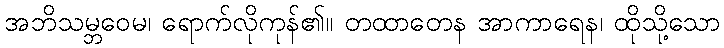
အဘိသမ္ဘဝေမ၊ ရောက်လိုကုန်၏။ တထာတေန အာကာရေန၊ ထိုသို့သော